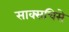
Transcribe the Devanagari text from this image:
साक्सचिसे